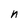
Character: n